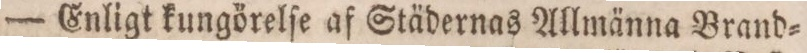
— Enligt kungörelſe af Städernas Allmänna Brand=